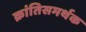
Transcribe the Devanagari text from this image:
क्रांतिसमर्थक